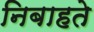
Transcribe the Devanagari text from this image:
निबाहते